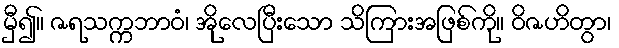
မှီ၍။ ဇရသက္ကဘာဝံ၊ အိုလေပြီးသော သိကြားအဖြစ်ကို။ ဝိဇဟိတွာ၊